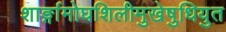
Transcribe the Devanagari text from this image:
शार्ङ्गामोघशिलीमुखेषुधियुत